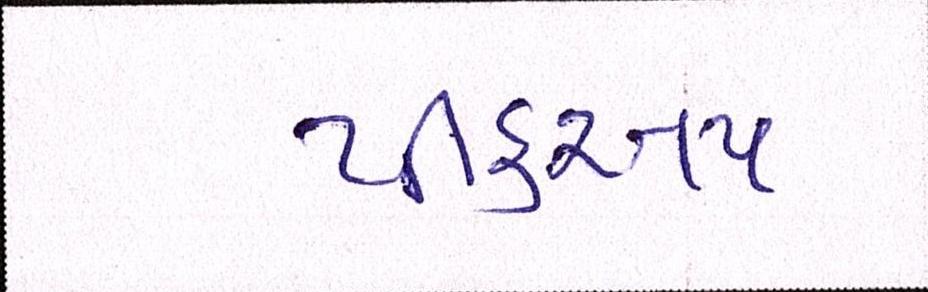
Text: પીકઅપ